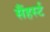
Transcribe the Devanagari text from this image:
सैंहर्स्ट